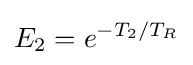
E_{2}=e^{-T_{2}/T_{R}}